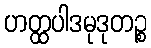
ဟတ္ထပါဒမုဒုတဉ္စ